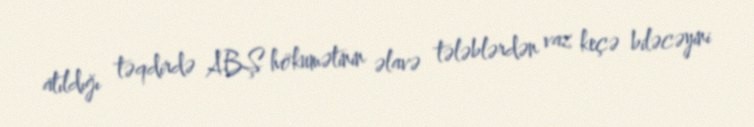
atıldığı təqdirdə ABŞ hökumətinin əlavə tələblərdən vaz keçə biləcəyini